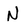
Character: N